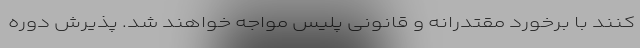
کنند با برخورد مقتدرانه و قانونی پلیس مواجه خواهند شد. پذیرش دوره